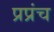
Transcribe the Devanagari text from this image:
प्रप्रंच